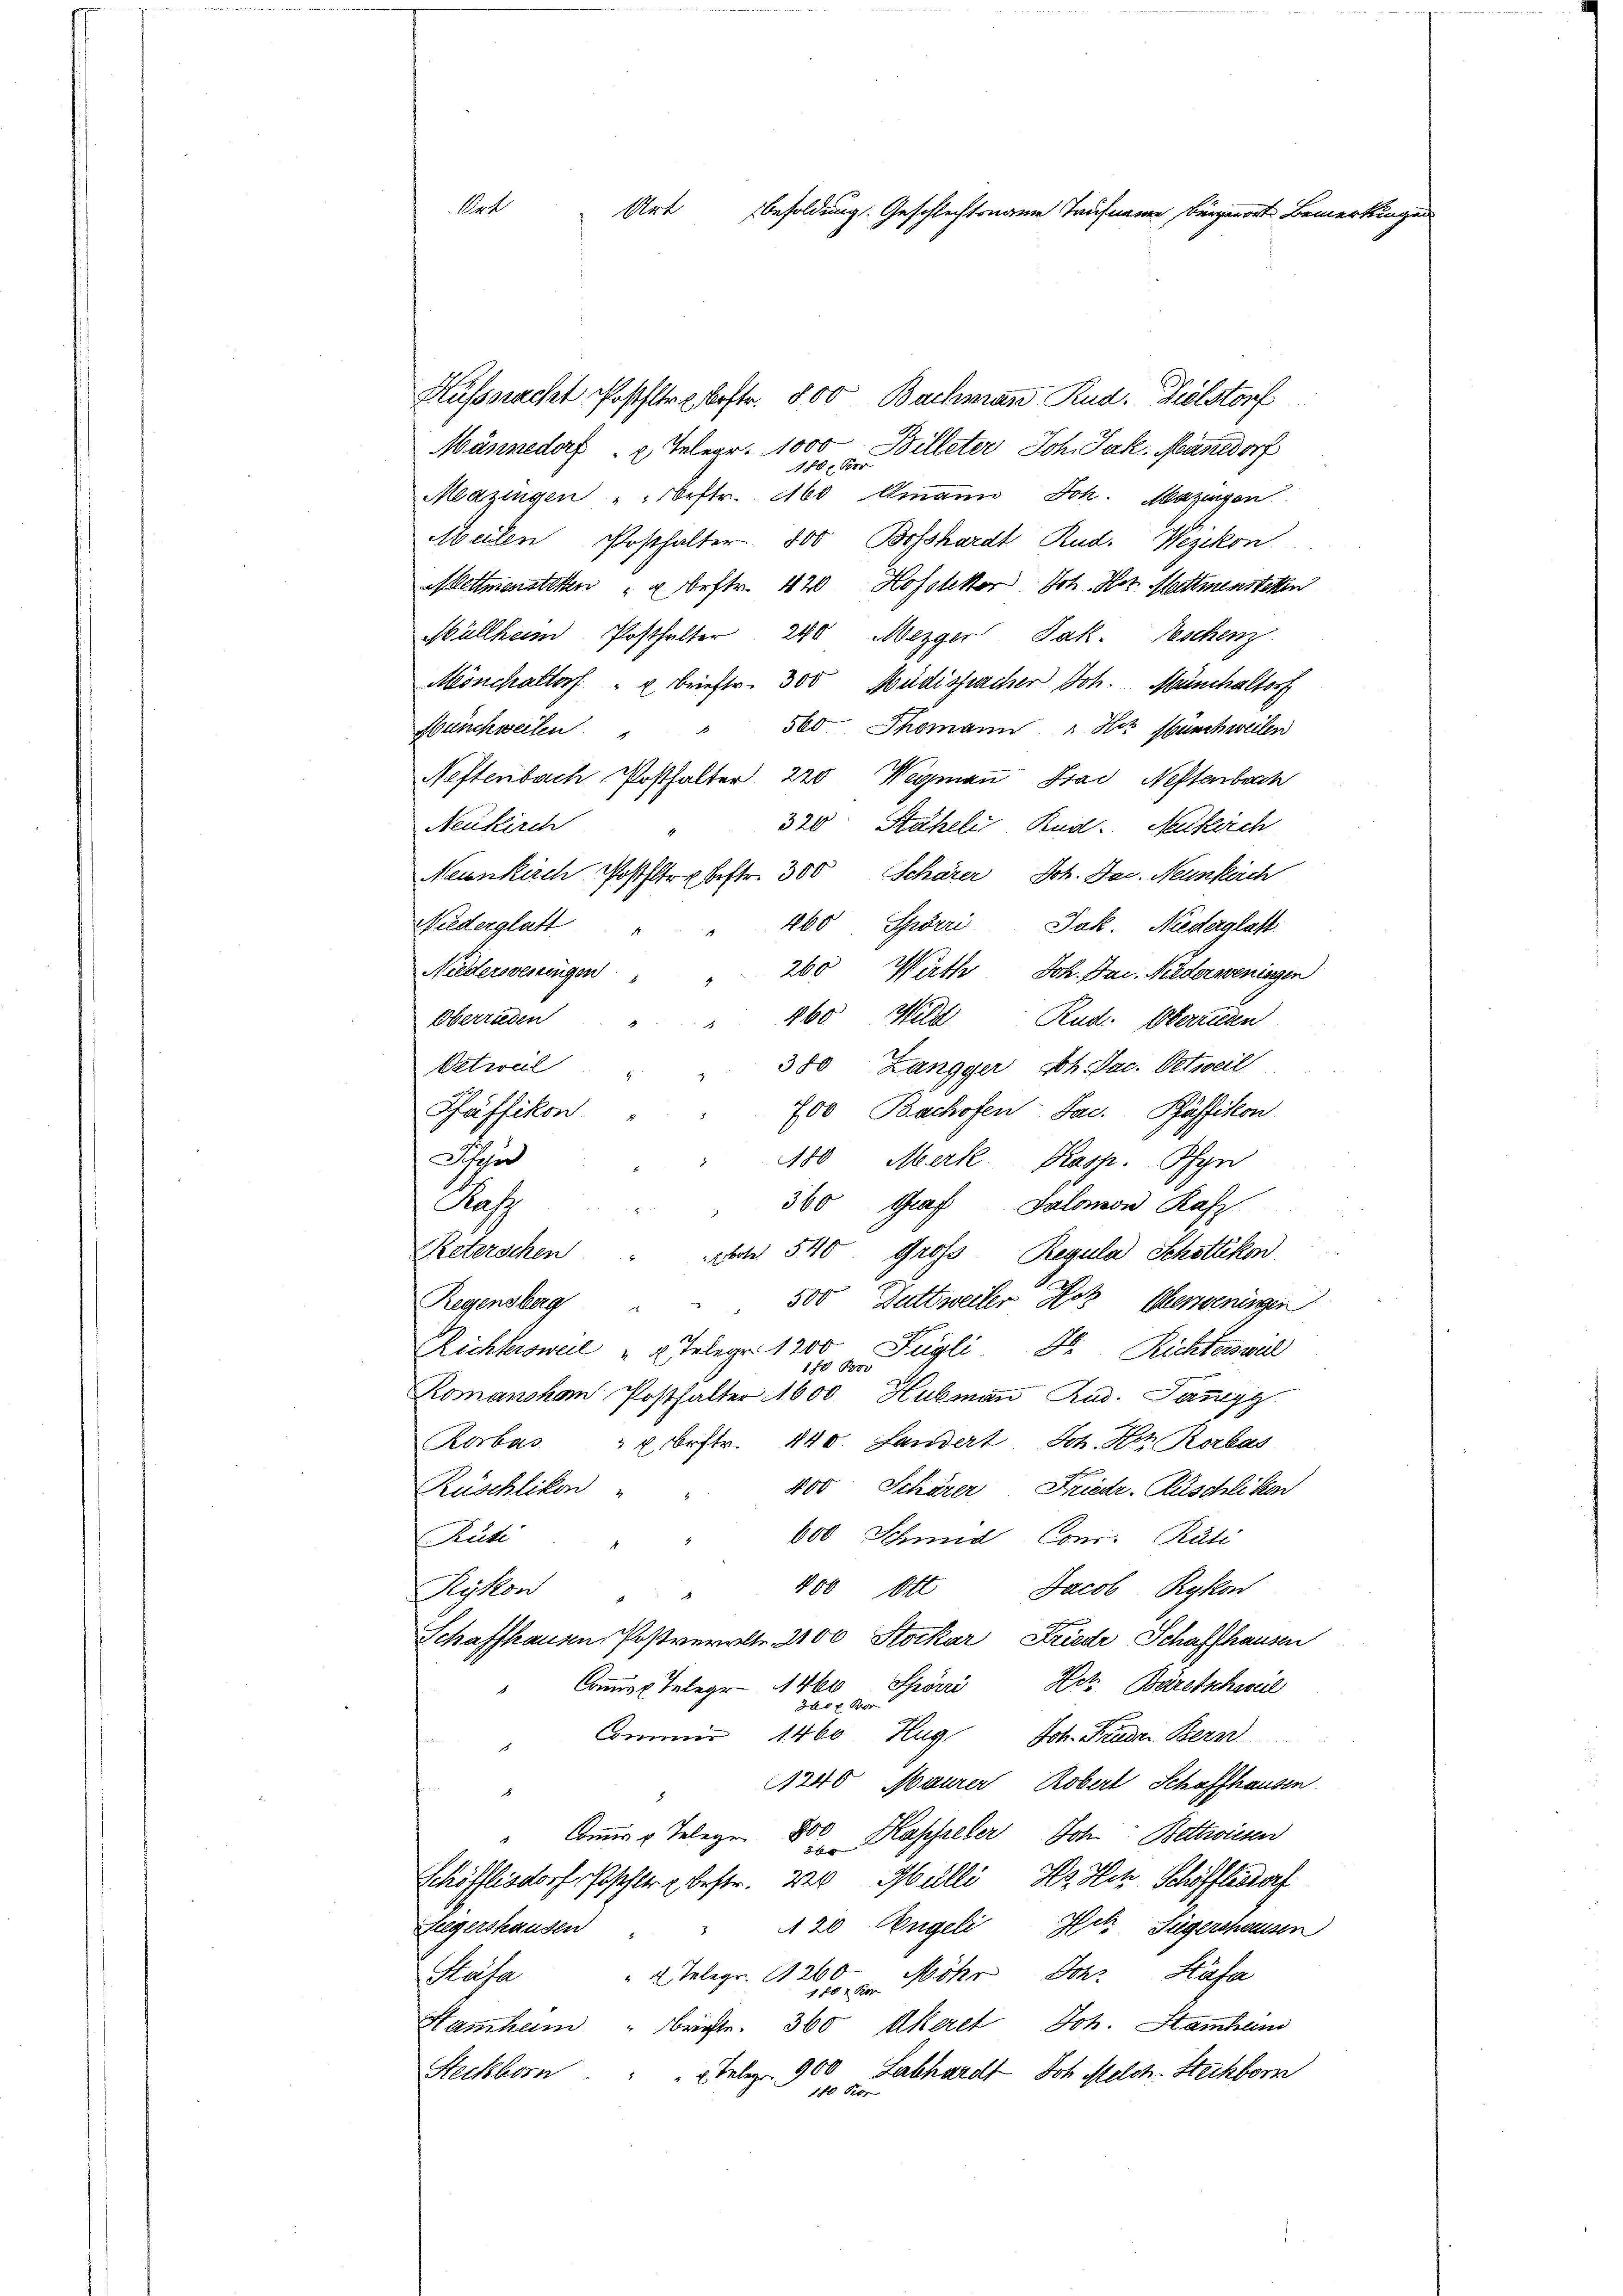
Ort Art Besoldung. Geschlechtsname Taufname bürgerort Bei

Kusspracht Posttre bestr. 800 Bachmann Rud. Dielstorf
Männedorf - x Telegr. 1000 Billeter Joh. Jak. Mänedorf
188. Ber
Mazingen " "brftr. 160 Amann Joh. Mazingen
Meilen Posthalter 800 Bosshardt Rud. Wezikon.
Mettmenstetten " " beftr. 420 Hofslektor Joh. Hoz Mettmenstetten
Müllham Posthalter 240 Mezger Jak. Geschenz
Mönchaltorf " " Brieftr. 300 Müdispacher Joh. Münchaltorf
" 560 Thomann, " Hiz Buschweilen
Büschweiten
Neftenbach Posthalter 220 Wegmann Bad Neftenbach
320. Stäheli Rud. Neukirch
Neukirch
Neunkirch Posthlr. bestr. 300 Schärer, Joh. Dec. Neunkirch
Niederglatt
460. Spörri Jak. Niederglatt
Niedersvereingen
260 Wirth Joh. Bar. Niederweningen
Oberrieden
860 Wild Rud. Oberreden
Oetweil
380 Zangger, Joh. Jac. Oetweil
Säffikon
700 Bachofen Jac. Bäffikon
Schen
180 Merk Kasp. Pfyn
Ma
360 Graf Salomon Rafz
Reterschen
ebt. 540 Gross Regula Schottikon
500 Duttweiler Hotz Weiseningen
Regensberg
Richtersweil "  Teleger 1200 Fügli d. Richterswill
10 Bov
Romansham Posthalter 1600 Hubman Rud. Jangg
Rorbas 2 bestr. 140. Landert Joh. Hoz Rorbas
400 Schärer Friedr. Rüschliken
Rüschlikon
600 Schmid Con. Räti
Rute
400 Ott Jacob Rykon
Rykon
Schaffhauen Postverrite 200 Stockar Friede Schaffhausen
Spörri et Bäretschweil
Commiss Telege 1460
300 r. vor
Commis 1460 Hug Joh. Freuden Bern
d
1240 Maurer Robert Schaffhausen
1
Commis u. Telegen 800 Klasseler Joh. Bettwissen
Schöfflisdorf Pfehle bestr. der Mülli, Hs. Hch. Schöfflisdorf
iegershausen " " 120 Engeli, Hotz Siegershausen
Hasa
" 2 Telegr. 11260 Möhr Joh. Hafer
Hamheim. " Briefte. 360 Akeret Joh. Stamban
Telez. 900 Labhardt Joh. Melch. Steckborn
Steckborn
180 Kor

erkung